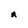
Character: R